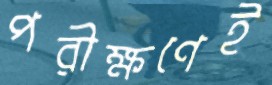
পরীক্ষণেই